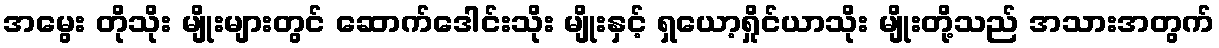
အမွေး တိုသိုး မျိုးများတွင် ဆောက်ဒေါင်းသိုး မျိုးနှင့် ရှယော့ရှိုင်ယာသိုး မျိုးတို့သည် အသားအတွက်